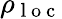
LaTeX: \rho_{\mathrm{~l~o~c~}}